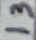
Text: 13